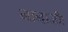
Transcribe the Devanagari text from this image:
नानाजीः